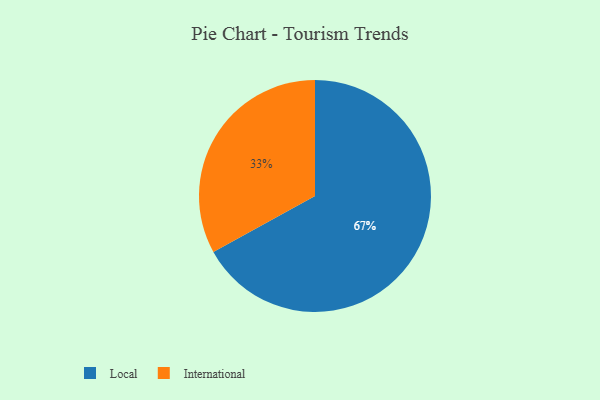
{"axis": {"x": "Category", "y": "Percentage"}, "legend": ["International", "Local"], "data": [{"x": "International", "y": 33, "type": "International"}, {"x": "Local", "y": 67, "type": "Local"}]}